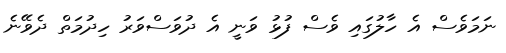
ނަމަވެސް އެ ހާލުގައި ވެސް ފުޅު ވަނީ އެ ދުވަސްވަރު ހިދުމަތް ދެވޭނެ